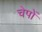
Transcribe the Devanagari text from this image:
चेपों